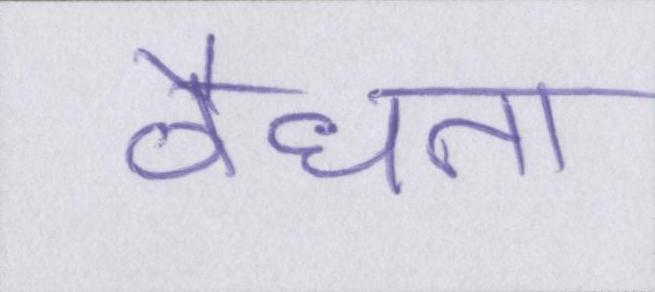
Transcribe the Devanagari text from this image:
वैधता